Report on sanitation, dispensaries, and jails in Rajputana for 1919, and on vaccination for the year 1919-1920 - 1919-1920
Year: 1919
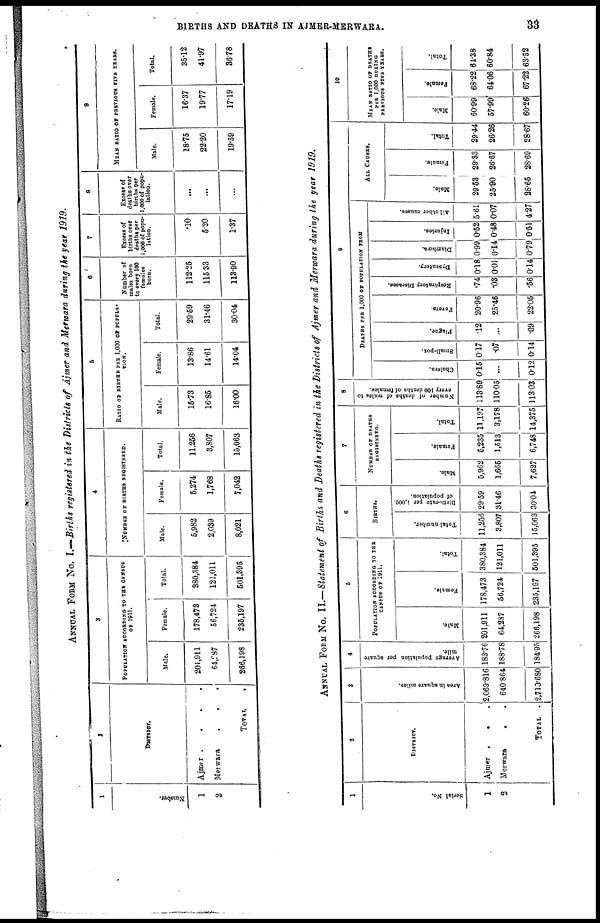
BIRTHS AND DEATHS IN AJMER-MERWARA.
33
ANNUAL FORM No. I.—Births registered in the Districts of Ajmer and Merwara during the year 1919.
1
Number.
1
2
2
DISTRICT.
Ajmer
.
.
.
.
Merwara
.
.
.
TOTAL .
3
POPULATION ACCORDING TO THE CENSUS
OF 1911.
Male.
201,911
64,987
266,198
Female.
178,473
56,724
235,197
Total.
380,384
121,011
501,395
4
NUMBER OF BIRTHS REGISTERED.
Male.
5,982
2,039
8,021
Female.
5,274
1,768
7,042
Total.
11,256
3,807
15,063
5
RATIO OF BIRTHS PER 1,000 OF POPULA-
----.
Male.
15.73
16.85
16.00
Female.
13.86
14.61
14.04
Total.
29.59
31.46
30.04
6
Number of
males born
to every 100
females
born.
112.25
115.33
113.90
7
Excess of
births over
deaths per
1,000 of popu-
lation.
.10
5.20
1.37
8
Excess of
deaths over
births per
1,000 of popu-
lation.
...
...
...
9
MEAN RATIO OF PERVIOUS FIVE YEARS.
Male.
18.75
22.20
19.59
Female.
16.37
19.77
17.19
Total.
35.12
41.97
36.78
ANNUAL FORM No. II.— Statement of Births and Deaths registered in the Districts of Ajmer and Merwara during the year 1919.
1
Serial No.
1
2
2
DISTRICT.
Ajmer . . .
Merwara . .
TOTAL .
3
Area in square miles.
2,069.816
640.864
2,710.680
4
Average population per square
mile.
183.76
188.78
184.95
5
POPULATION ACCORDING TO THE
CENSUS OF 1911.
Male.
201,911
64,287
266,198
Female.
178,473
56,724
235,197
Total.
380,384
121,011
501,395
6
BIRTHS.
Total number.
11,256
3,807
15,063
Birth-rate per 1,000
of population.
29.59
31.46
30.04
7
NUMBER OF DEATHS
REGISTERED.
Male.
5,962
1,665
7,627
Female.
5,235
1,513
6,748
Total.
11,197
3,178
14,375
8
Number of deaths of males to
every 100 deaths of females.
113.89
110.05
113.03
9
DEATHS PER 1,000 OF POPULATION FROM
Cholera.
0.15
...
0.12
Small-pox.
0.17
.07
0.14
Plague.
.12
...
.09
Fevers.
20.96
25.46
22.05
Respiratory Diseases.
.74
.03
.56
Dysentery.
0.18
0.01
0.14
Diarrhœa.
0.99
0.14
0.79
Injuries.
0.52
0.48
0.51
All other causes.
5.61
0.07
4.27
ALL CAUSES.
Male.
29.53
25.90
28.65
Female.
29.33
26.67
28.69
Total.
29.44
26.26
28.67
10
MEAN RATIO OF DEATHS
PER 1,000 DURING
PERVIOUS FIVE YEARS.
Male.
60.99
57.99
60.26
Female.
68.22
64.06
67.22
Total.
64.38
60.84
63.52